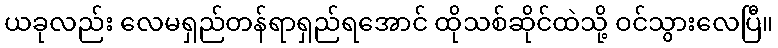
ယခုလည်း လေမရှည်တန်ရာရှည်ရအောင် ထိုသစ်ဆိုင်ထဲသို့ ဝင်သွားလေပြီ။